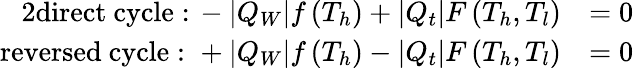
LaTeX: \begin{array}{rl}{{2}\mathrm{direct~cycle:}\, -|Q_{W}|f\left(T_{h}\right)+|Q_{t}|F\left(T_{h},T_{l}\right)}&{=0}\\ {\mathrm{reversed~cycle:}\, \, +|Q_{W}|f\left(T_{h}\right)-|Q_{t}|F\left(T_{h},T_{l}\right)}&{=0}\end{array}